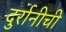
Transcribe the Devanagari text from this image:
दुर्रानीची